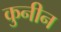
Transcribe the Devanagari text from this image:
कुनीन